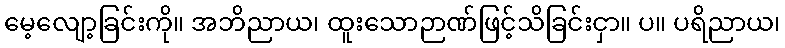
မေ့လျော့ခြင်းကို။ အဘိညာယ၊ ထူးသောဉာဏ်ဖြင့်သိခြင်းငှာ။ ပ။ ပရိညာယ၊